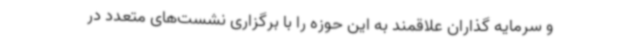
و سرمایه گذاران علاقمند به این حوزه را با برگزاری نشست‌های متعدد در